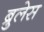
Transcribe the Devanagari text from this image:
ब्रुलेस